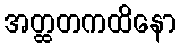
အတ္ထတကထိနော